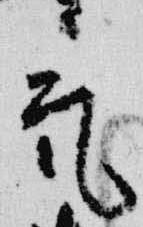
気